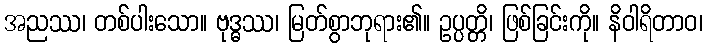
အညဿ၊ တစ်ပါးသော။ ဗုဒ္ဓဿ၊ မြတ်စွာဘုရား၏။ ဥပ္ပတ္တိ၊ ဖြစ်ခြင်းကို။ နိဝါရိတာဝ၊